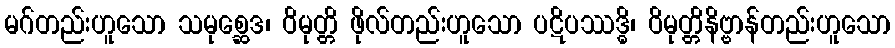
မဂ်တည်းဟူသော သမုစ္ဆေဒ၊ ဝိမုတ္တိ ဖိုလ်တည်းဟူသော ပဋိပဿဒ္ဓိ၊ ဝိမုတ္တိနိဗ္ဗာန်တည်းဟူသော